Civil Veterinary Dept. Bombay admin report 1900-1906 - 1900-1906
Year: 1900
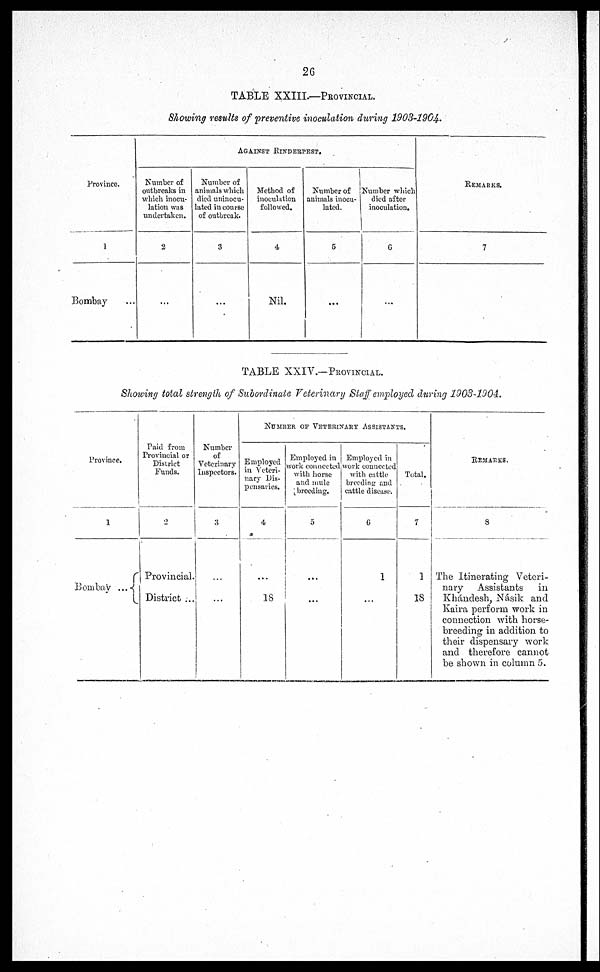
26
TABLE XXIIL—PROVINCIAL.
Showing results of preventive inoculation during 1903-1904 .
Provincc.
1
Bombay
AGAINST
RINDERPEST,
Number of
outbreaks in
which inocu-
lation was
undertaken.
2
...
Number of
animals which
died uninocu-
lated in course
of outbreak.
3
...
Method of
inoculation
followed.
4
Nil.
Number of
animals inocu-
lated.
5
...
Number which
died after
inoculation.
6
...
REMARKS.
7
TABLE XXIV.—PROVINCIAL.
Showing total strength of Subordinate Veterinary Staff employed during 1903-1004.
Province.
1
Bombay ...
Paid from
Provincial or
District
Funds.
2
Provincial.
District ...
Number
of
Veterinary
Inspectors.
3
...
...
NUMBER OF VETERINARY ASSISTANTS.
Employed
in Veteri-
pensaries.
4
...
18
Employed in
work connected
with horse
and mule
breeding.
5
...
...
Employed in
work connected
with cattle
breeding and
cattle disease.
6
1
...
Total.
7
1
18
REMARKS.
8
The Itinerating Veteri-
nary Assistants
in
Khándesh, Násik and
Kaira perform work in
connection with horse-
breeding in addition to
their dispensary work
and therefore cannot
be shown in column 5.